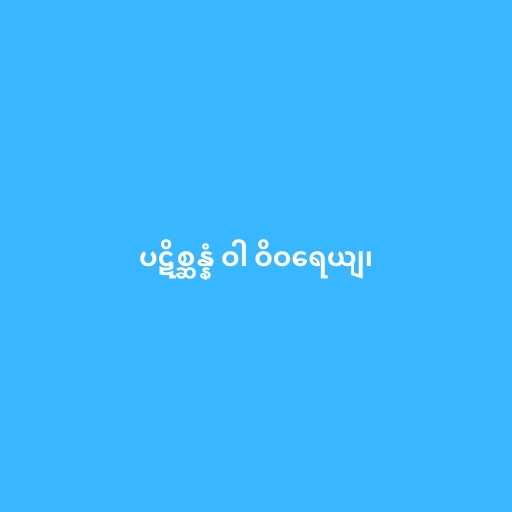
ပဋိစ္ဆန္နံ ဝါ ဝိဝရေယျ၊